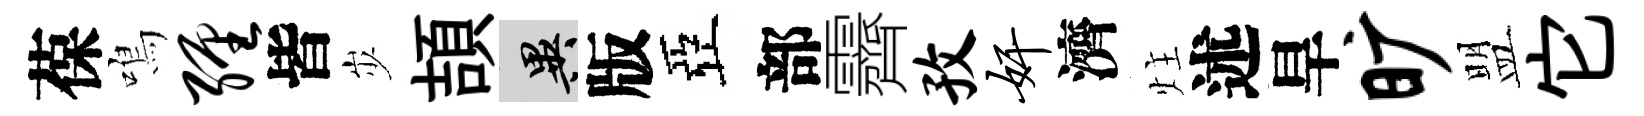
葆鳴缠皆𡵯頡异版亞部霽孜奸濟炷述旱旷盟它